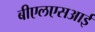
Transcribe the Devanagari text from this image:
बीएलएसआई